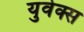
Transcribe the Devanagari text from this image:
युवेक्स